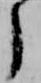
了